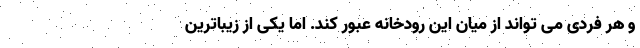
و هر فردی می تواند از میان این رودخانه عبور کند. اما یکی از زیباترین